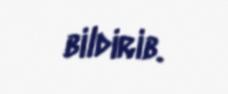
bildirib.